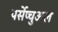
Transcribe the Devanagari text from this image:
पर्सेप्चुअल